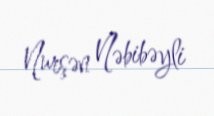
Nurşən Nəbibəyli